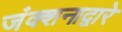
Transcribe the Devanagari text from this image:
जंक्शनाद्वारे